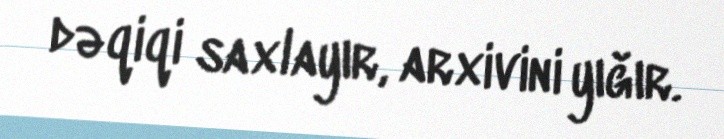
dəqiqi saxlayır, arxivini yığır.